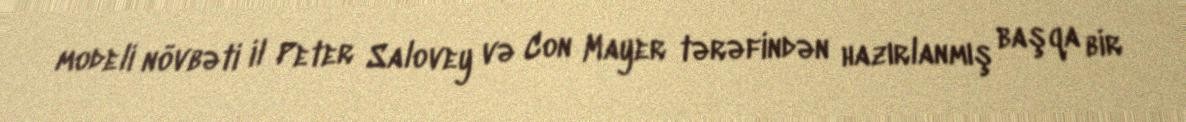
modeli növbəti il Peter Salovey və Con Mayer tərəfindən hazırlanmış başqa bir